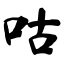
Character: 咕